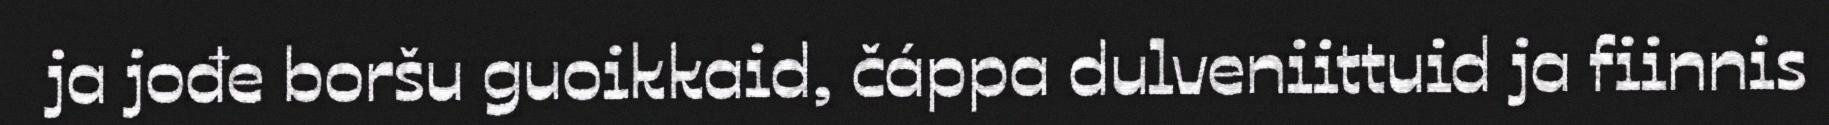
ja jođe boršu guoikkaid, čáppa dulveniittuid ja fiinnis